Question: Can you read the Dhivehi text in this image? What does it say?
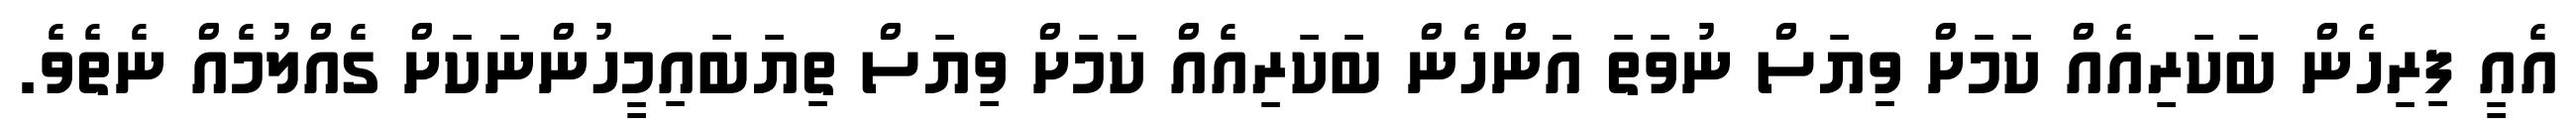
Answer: އެއީ ފިރިހެން ބަކަރިއެއް ކަމަށް ވިޔަސް ނުވަތަ އަންހެން ބަކަރިއެއް ކަމަށް ވިޔަސް ތިޔަބައިމީހުންނަކަށް ގެއްލުމެއް ނެތެވެ.